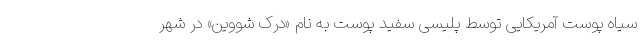
سیاه پوست آمریکایی توسط پلیسی سفید پوست به نام «درک شووین» در شهر